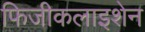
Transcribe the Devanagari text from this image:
फिजीकलाइशेन